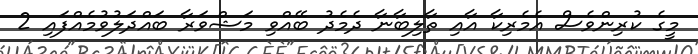
މީގެ ކުރިންވެސް އެމެރިކާ އާއި ތާލިބާނާ ދެމެދު ބޭއްވި މަޝްވަރާ ބައްދަލުވުމެއްފައި 2